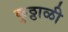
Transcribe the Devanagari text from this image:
कुठ्ठाळी